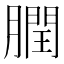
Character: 膶